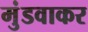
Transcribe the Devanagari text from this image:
मुंडवाकर